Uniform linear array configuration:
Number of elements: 16
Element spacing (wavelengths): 0.25
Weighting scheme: exponential
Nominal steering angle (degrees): -30
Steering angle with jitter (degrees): -30.498
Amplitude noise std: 0.05
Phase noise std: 0.05

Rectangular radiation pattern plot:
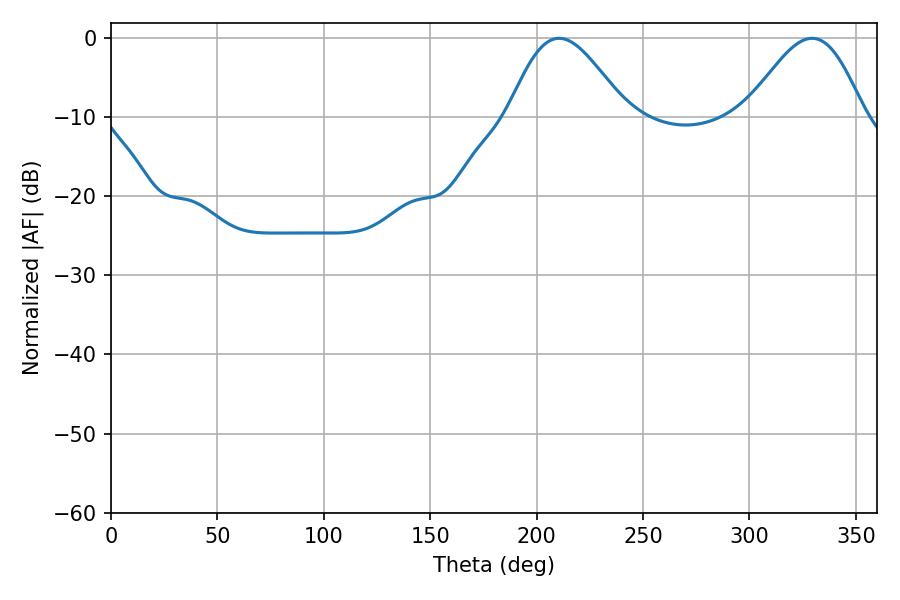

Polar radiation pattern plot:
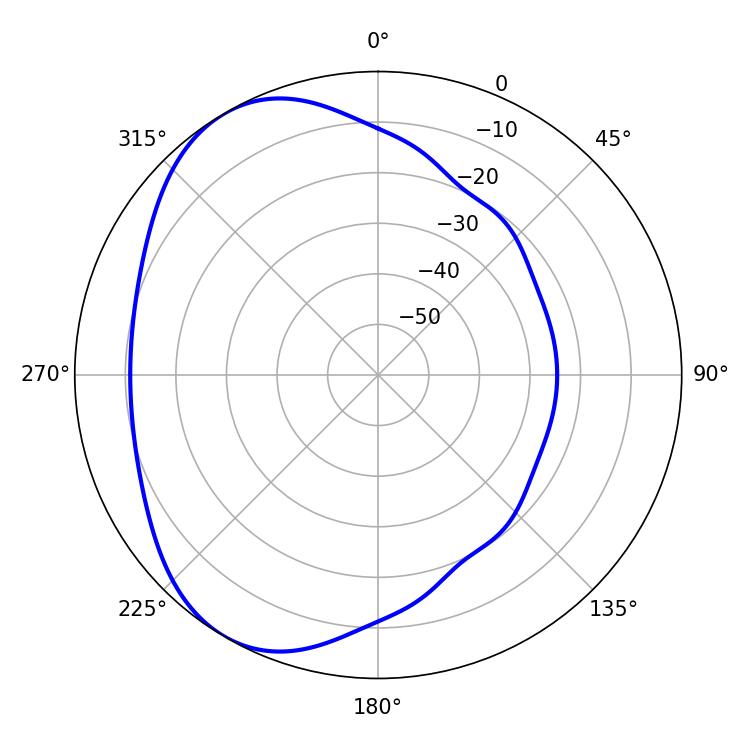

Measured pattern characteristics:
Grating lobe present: FALSE
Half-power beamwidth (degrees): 29.34
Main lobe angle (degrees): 210.6